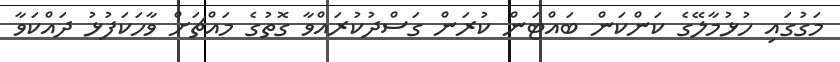
މަގުގައި ހުޅުމާލޭގެ ކަންކަން ބައްޓަން ކުރަން ގަސްދުކުރައްވާ ގޮތުގެ މައްޗަށް ވާހަކަފުޅު ދައްކަވާ